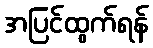
အပြင်ထွက်ရန်